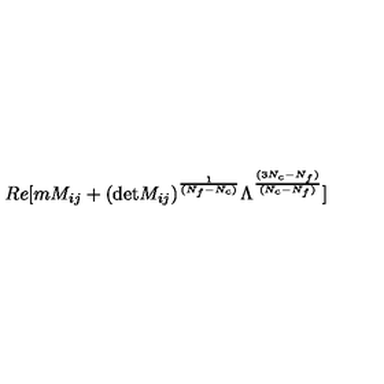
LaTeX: R e [ m M _ { i j } + ( \mathrm { d e t } M _ { i j } ) ^ { \frac { 1 } { ( N _ { f } - N _ { c } ) } } \Lambda ^ { \frac { ( 3 N _ { c } - N _ { f } ) } { ( N _ { c } - N _ { f } ) } } ]